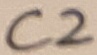
Text: C2